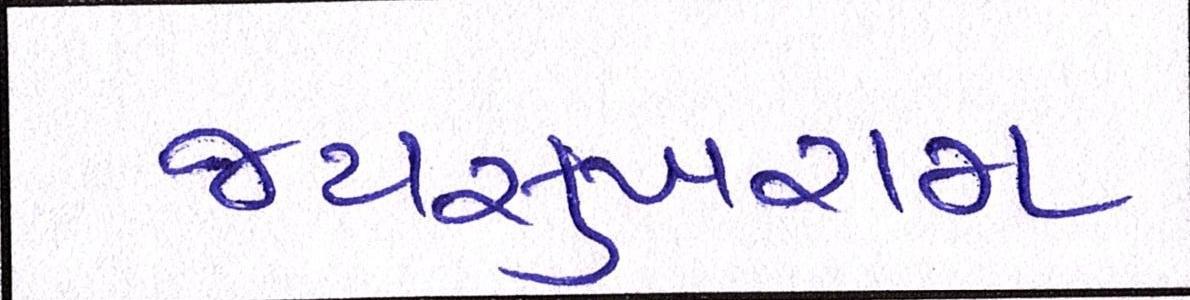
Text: જયસુખરામ